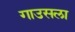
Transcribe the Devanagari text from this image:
गाउसला